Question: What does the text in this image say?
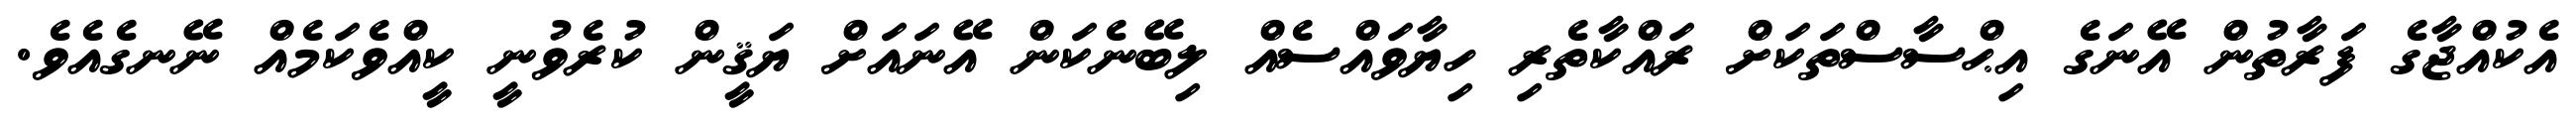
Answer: އެކުއްޖާގެ ފަރާތުން އޭނަގެ އިޙްސާސްތަކަށް ރައްކާތެރި ހިޔާވައްސެއް ލިބޭނެކަން އޭނައަށް ޔަޤީން ކުރެވުނީ ކީއްވެކަމެއް ނޭނގެއެވެ.